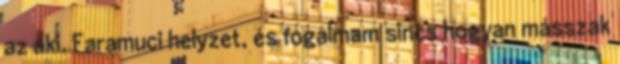
az aki. Faramuci helyzet, és fogalmam sincs hogyan másszak